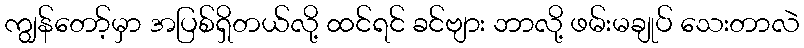
ကျွန်တော့်မှာ အပြစ်ရှိတယ်လို့ ထင်ရင် ခင်ဗျား ဘာလို့ ဖမ်းမချုပ် သေးတာလဲ